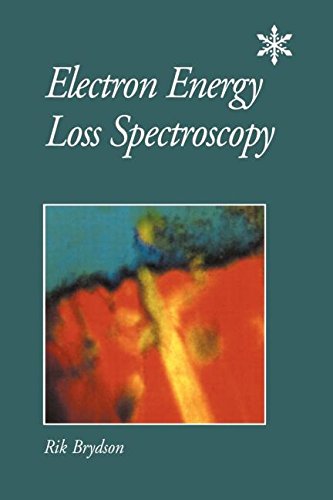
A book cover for Electron Energy Loss Spectroscopy; R. Brydson; Science & Math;